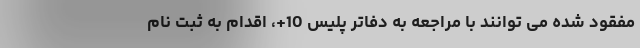
مفقود شده می توانند با مراجعه به دفاتر پلیس 10+، اقدام به ثبت نام